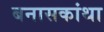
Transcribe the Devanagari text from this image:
बनासकांथा